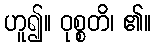
ဟူ၍။ ဝုစ္စတိ၊ ၏။